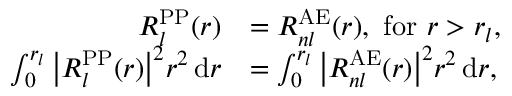
{ \begin{array} { r l } { R _ { l } ^ { \mathrm { P P } } ( r ) } & { = R _ { n l } ^ { \mathrm { A E } } ( r ) , { \mathrm { ~ f o r ~ } } r > r _ { l } , } \\ { \int _ { 0 } ^ { r _ { l } } { \big | } R _ { l } ^ { \mathrm { P P } } ( r ) { \big | } ^ { 2 } r ^ { 2 } \, \mathrm { d } r } & { = \int _ { 0 } ^ { r _ { l } } { \big | } R _ { n l } ^ { \mathrm { A E } } ( r ) { \big | } ^ { 2 } r ^ { 2 } \, \mathrm { d } r , } \end{array} }